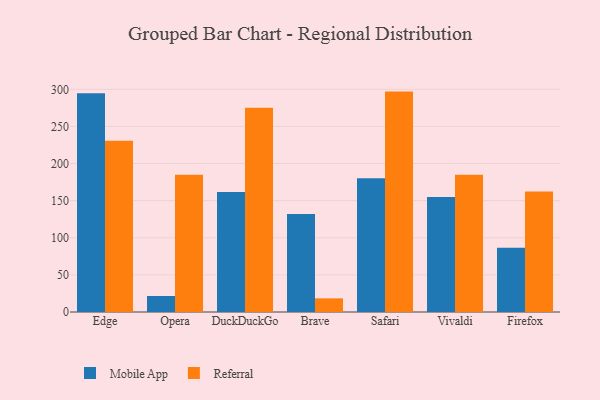
{"axis": {"x": "Browser", "y": "Satisfaction Score"}, "legend": ["Mobile App", "Referral"], "data": [{"x": "Edge", "y": 294.6, "type": "Mobile App"}, {"x": "Edge", "y": 230.7, "type": "Referral"}, {"x": "Opera", "y": 21.6, "type": "Mobile App"}, {"x": "Opera", "y": 185.0, "type": "Referral"}, {"x": "DuckDuckGo", "y": 161.8, "type": "Mobile App"}, {"x": "DuckDuckGo", "y": 275.2, "type": "Referral"}, {"x": "Brave", "y": 132.1, "type": "Mobile App"}, {"x": "Brave", "y": 18.4, "type": "Referral"}, {"x": "Safari", "y": 180.2, "type": "Mobile App"}, {"x": "Safari", "y": 296.9, "type": "Referral"}, {"x": "Vivaldi", "y": 154.8, "type": "Mobile App"}, {"x": "Vivaldi", "y": 184.8, "type": "Referral"}, {"x": "Firefox", "y": 86.7, "type": "Mobile App"}, {"x": "Firefox", "y": 162.4, "type": "Referral"}]}